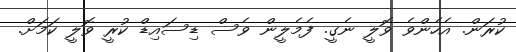
ކުރަން. އެހެންވެ ވޮލީ ނެގީ. ފެމެލީން ވެސް ޑިސައިޑް ކުރީ ވޮލީ ކަމަށް.